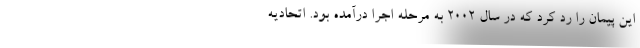
این پیمان را رد کرد که در سال ۲۰۰۲ به مرحله اجرا درآمده بود. اتحادیه